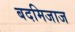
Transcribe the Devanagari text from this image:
बदमिजाज